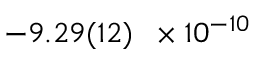
- 9 . 2 9 ( 1 2 ) \, \, \, \times 1 0 ^ { - 1 0 }